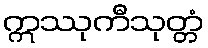
ဣဿုကီသုတ္တံ